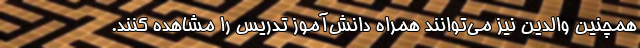
همچنین والدین نیز می‌توانند همراه دانش‌آموز تدریس را مشاهده کنند.